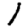
Digit: 1